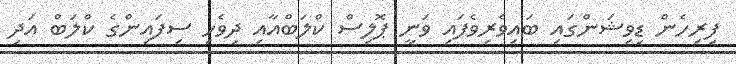
ފިރިހެން ޑިވިޝަންގައި ބައިވެރިވެފައި ވަނީ ޕޮލިސް ކްލަބްއާއި ދިވެހި ސިފައިންގެ ކްލަބް އަދި